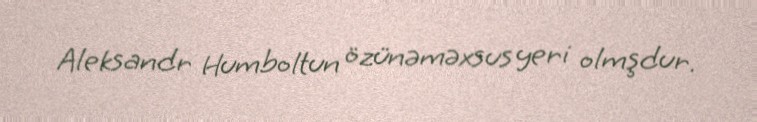
Aleksandr Humboltun özünəməxsus yeri olmşdur.